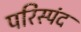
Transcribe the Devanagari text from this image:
परिस्पंद